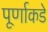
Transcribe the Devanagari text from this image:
पूर्णाकडे